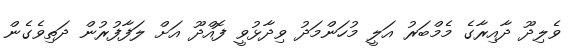
ވެލިދޫ ދާއިރާގެ މެމްބަރު އަލީ މުހަންމަދު ވިދާޅުވީ ފޮއްދޫ އަށް ލަފާފުރުން ދަތިވެގެން